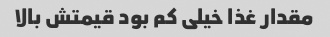
مقدار غذا خیلی کم بود قیمتش بالا